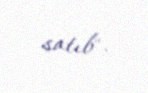
satıb".